65_HS1-834228961_62-HQ-83894_Section_3
Agency: FBI
Page 158
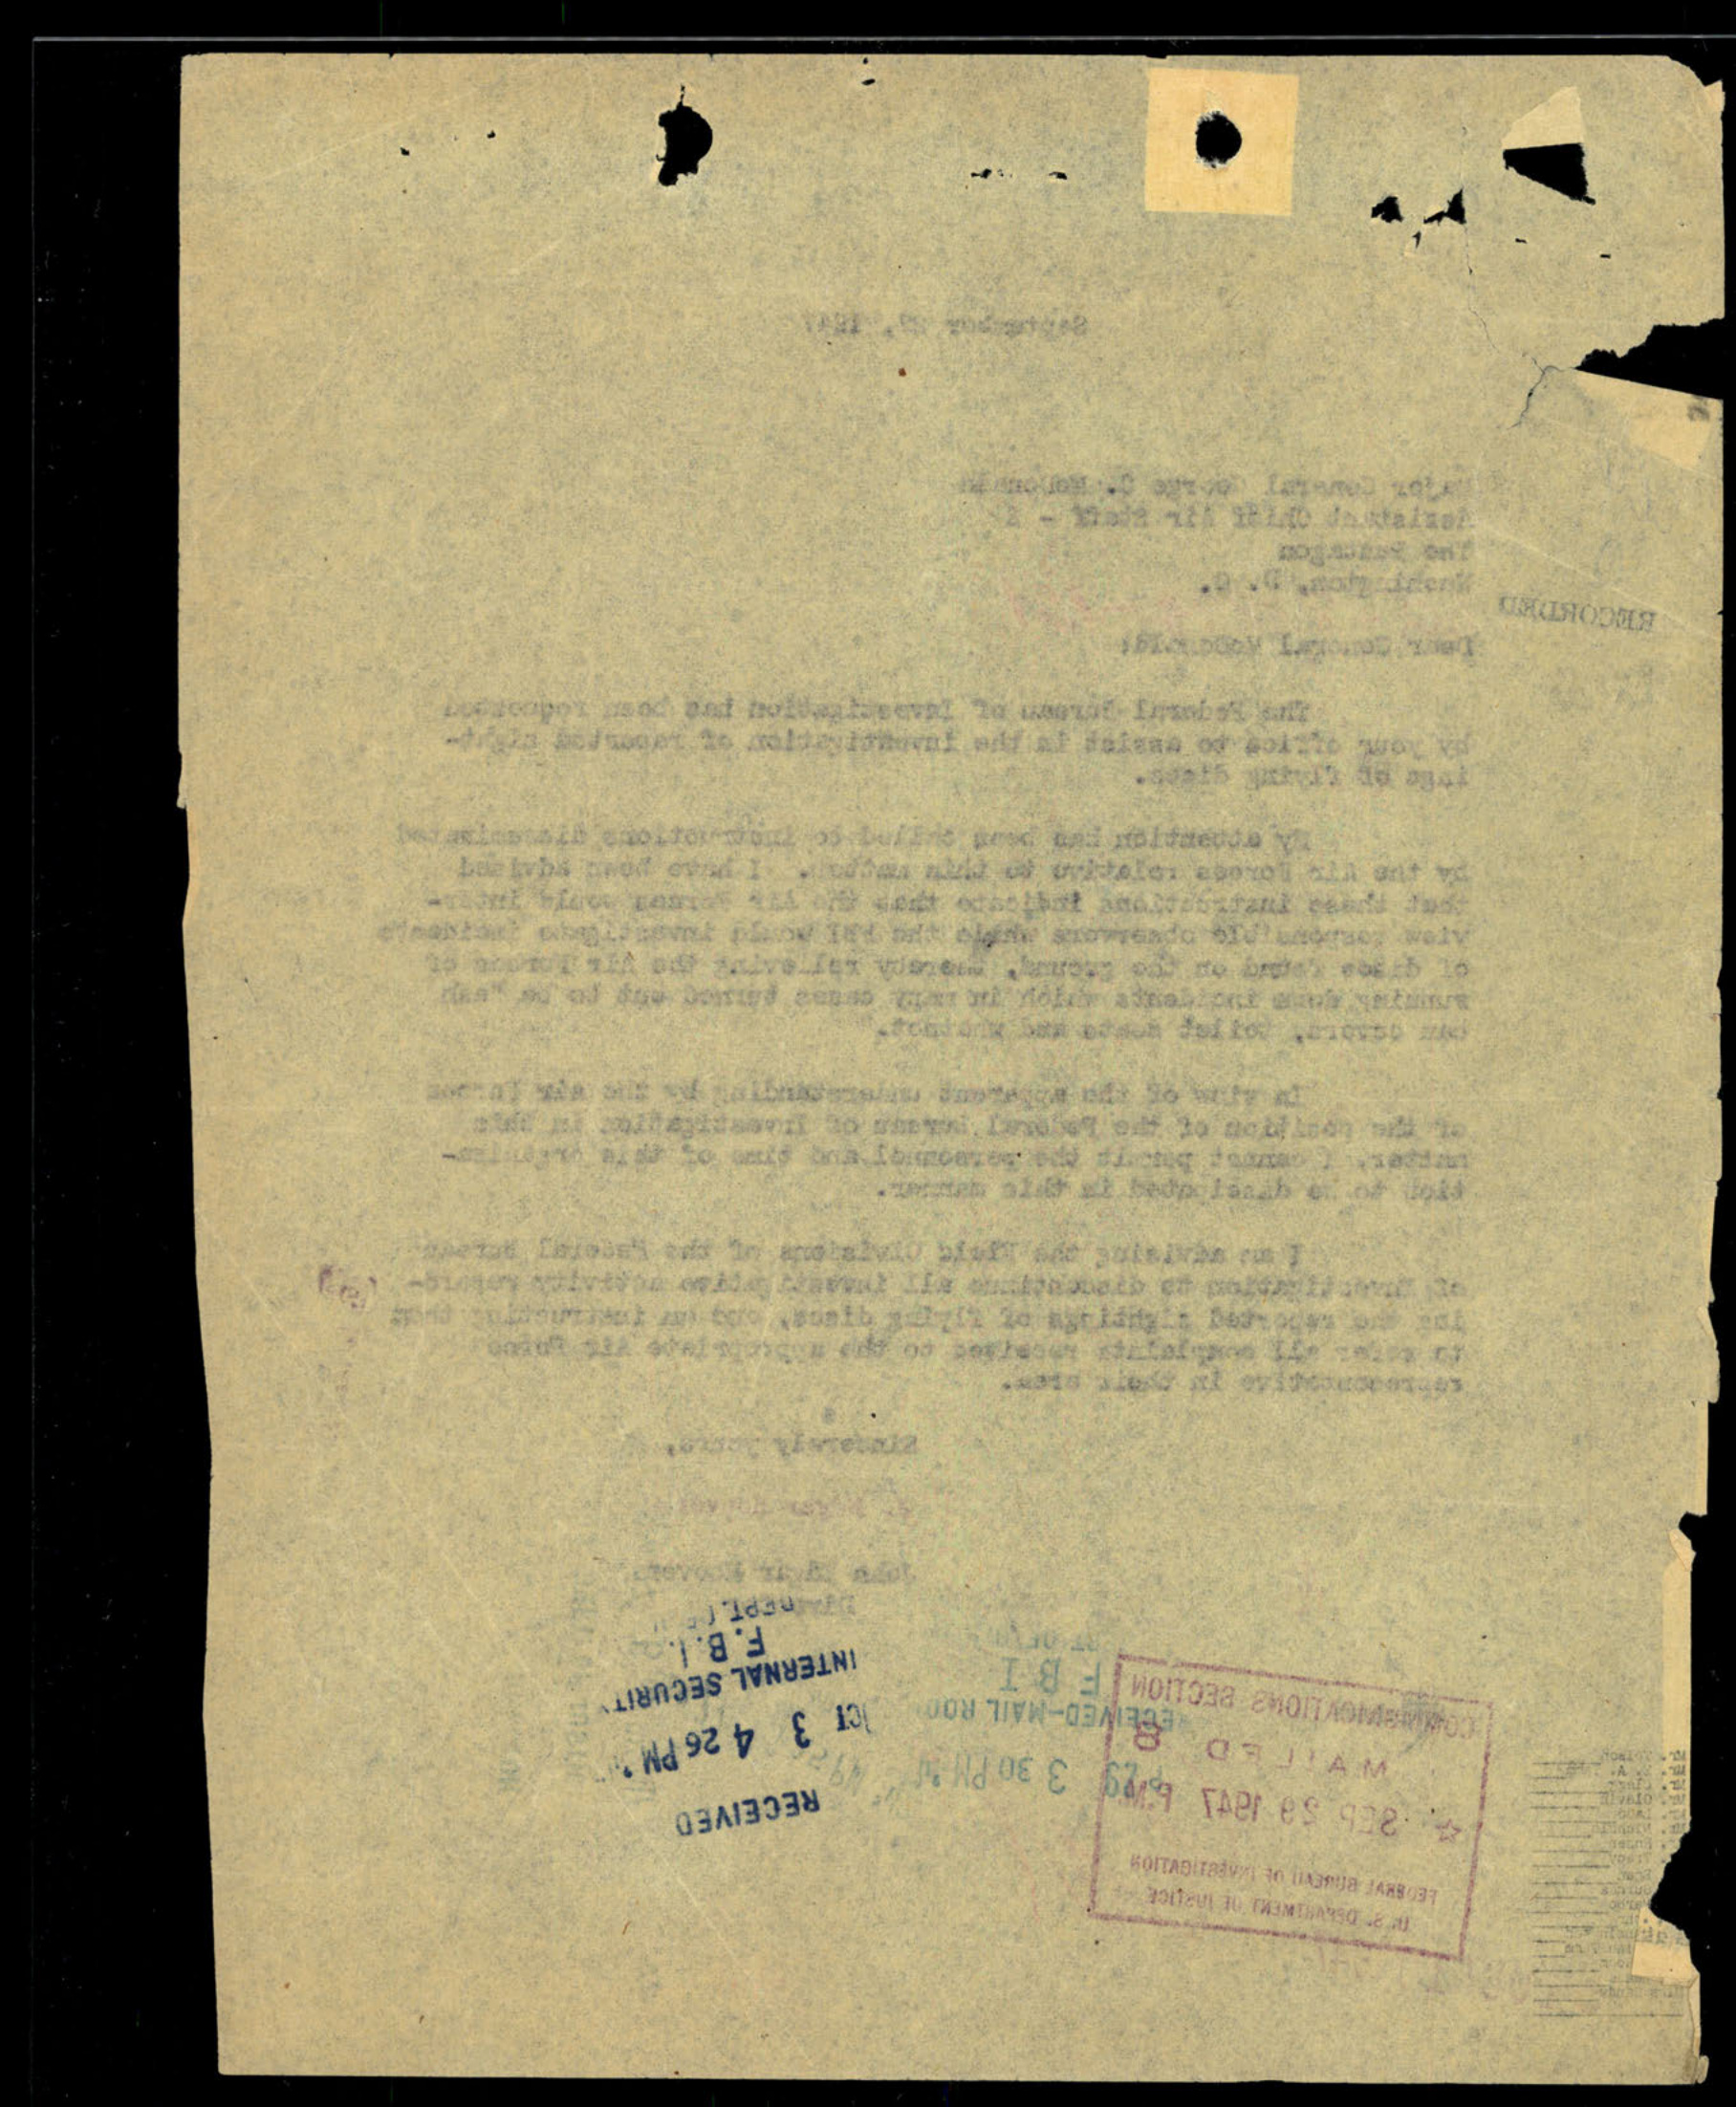